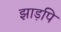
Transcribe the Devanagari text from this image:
झाड़पि